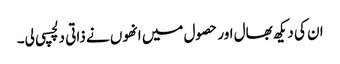
ان کی دیکھ بھال اور حصول میں انھوں نے ذاتی دلچسپی لی۔